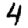
Digit: 4